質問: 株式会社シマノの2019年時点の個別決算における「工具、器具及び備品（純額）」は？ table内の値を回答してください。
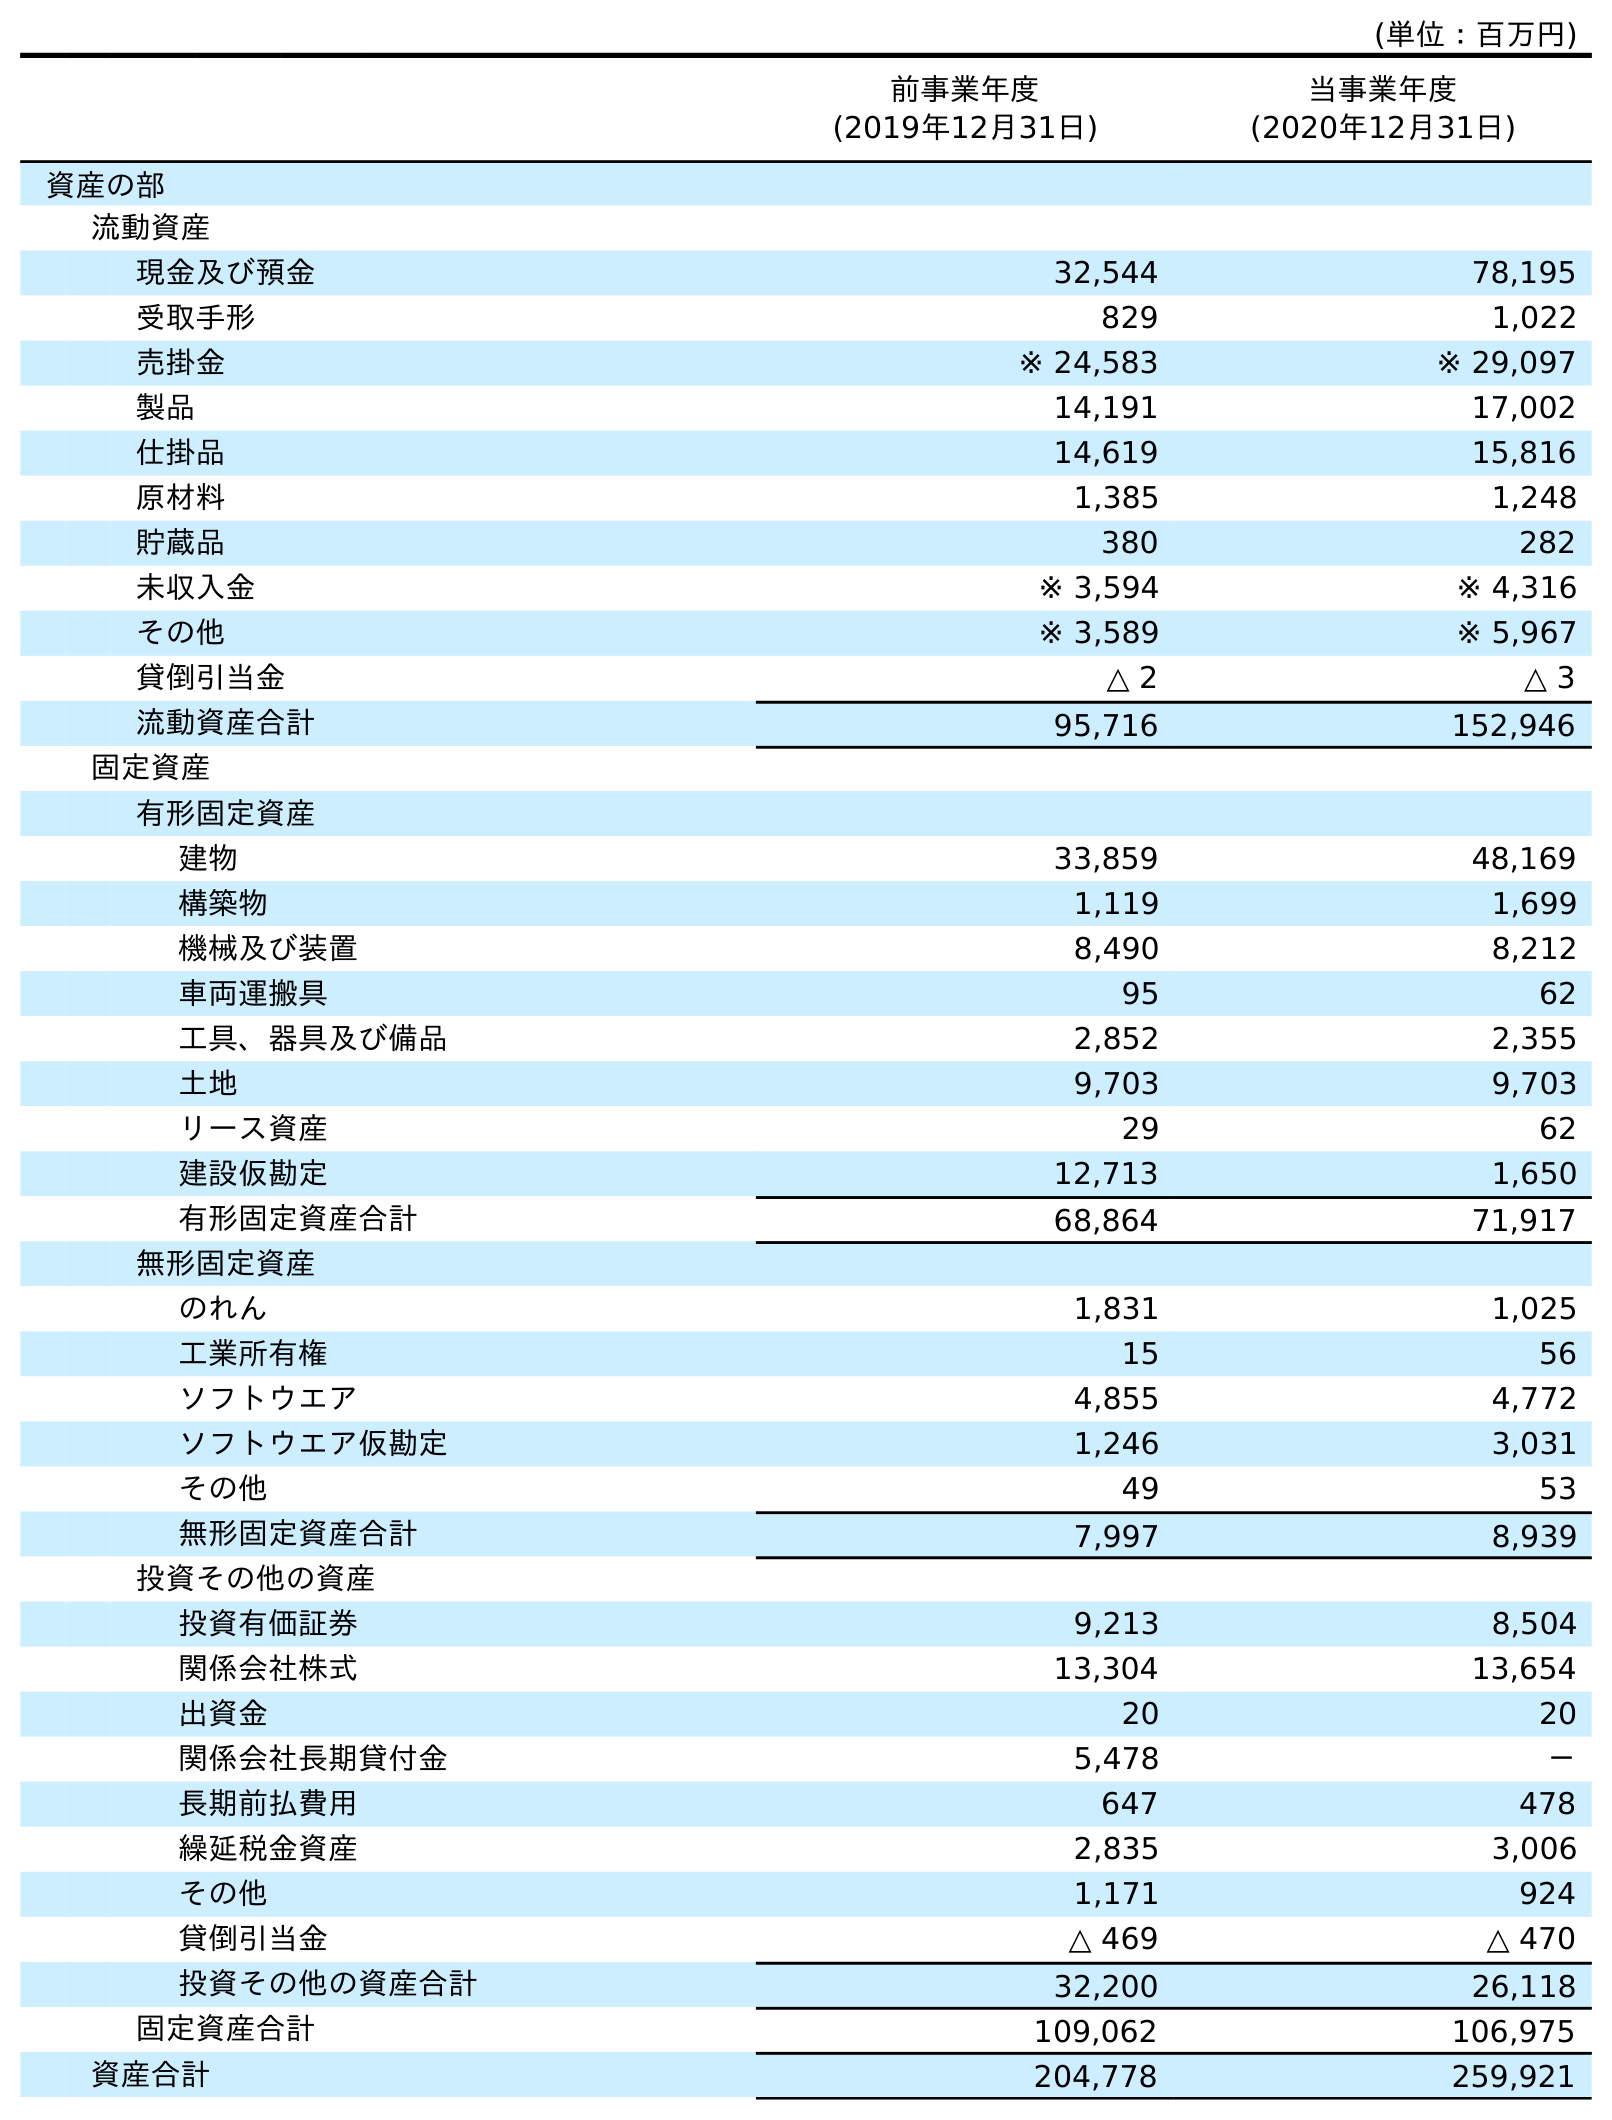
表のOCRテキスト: (単位：百万円) 前事業年度 (2019年12月31日) 当事業年度 (2020年12月31日) 資産の部 流動資産 現金及び預金 32,544 78,195 受取手形 829 1,022 売掛金 ※ 24,583 ※ 29,097 製品 14,191 17,002 仕掛品 14,619 15,816 原材料 1,385 1,248 貯蔵品 380 282 未収入金 ※ 3,594 ※ 4,316 その他 ※ 3,589 ※ 5,967 貸倒引当金 △ 2 △ 3 流動資産合計 95,716 152,946 固定資産 有形固定資産 建物 33,859 48,169 構築物 1,119 1,699 機械及び装置 8,490 8,212 車両運搬具 95 62 工具、器具及び備品 2,852 2,355 土地 9,703 9,703 リース資産 29 62 建設仮勘定 12,713 1,650 有形固定資産合計 68,864 71,917 無形固定資産 のれん 1,831 1,025 工業所有権 15 56 ソフトウエア 4,855 4,772 ソフトウエア仮勘定 1,246 3,031 その他 49 53 無形固定資産合計 7,997 8,939 投資その他の資産 投資有価証券 9,213 8,504 関係会社株式 13,304 13,654 出資金 20 20 関係会社長期貸付金 5,478 － 長期前払費用 647 478 繰延税金資産 2,835 3,006 その他 1,171 924 貸倒引当金 △ 469 △ 470 投資その他の資産合計 32,200 26,118 固定資産合計 109,062 106,975 資産合計 204,778 259,921
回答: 2,852